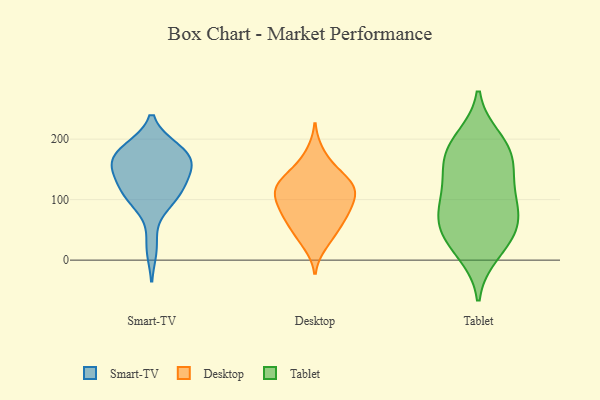
{"axis": {"x": "Demand Index", "y": "Value"}, "legend": ["Desktop", "Smart-TV", "Tablet"], "data": [{"x": "", "y": 183, "type": "Smart-TV"}, {"x": "", "y": 130, "type": "Smart-TV"}, {"x": "", "y": 114, "type": "Smart-TV"}, {"x": "", "y": 94, "type": "Smart-TV"}, {"x": "", "y": 107, "type": "Smart-TV"}, {"x": "", "y": 155, "type": "Smart-TV"}, {"x": "", "y": 174, "type": "Smart-TV"}, {"x": "", "y": 182, "type": "Smart-TV"}, {"x": "", "y": 165, "type": "Smart-TV"}, {"x": "", "y": 107, "type": "Smart-TV"}, {"x": "", "y": 149, "type": "Smart-TV"}, {"x": "", "y": 21, "type": "Smart-TV"}, {"x": "", "y": 151, "type": "Smart-TV"}, {"x": "", "y": 179, "type": "Smart-TV"}, {"x": "", "y": 37, "type": "Desktop"}, {"x": "", "y": 130, "type": "Desktop"}, {"x": "", "y": 65, "type": "Desktop"}, {"x": "", "y": 85, "type": "Desktop"}, {"x": "", "y": 93, "type": "Desktop"}, {"x": "", "y": 129, "type": "Desktop"}, {"x": "", "y": 100, "type": "Desktop"}, {"x": "", "y": 69, "type": "Desktop"}, {"x": "", "y": 112, "type": "Desktop"}, {"x": "", "y": 138, "type": "Desktop"}, {"x": "", "y": 108, "type": "Desktop"}, {"x": "", "y": 117, "type": "Desktop"}, {"x": "", "y": 76, "type": "Desktop"}, {"x": "", "y": 178, "type": "Desktop"}, {"x": "", "y": 52, "type": "Desktop"}, {"x": "", "y": 125, "type": "Desktop"}, {"x": "", "y": 26, "type": "Desktop"}, {"x": "", "y": 155, "type": "Desktop"}, {"x": "", "y": 185, "type": "Tablet"}, {"x": "", "y": 38, "type": "Tablet"}, {"x": "", "y": 79, "type": "Tablet"}, {"x": "", "y": 66, "type": "Tablet"}, {"x": "", "y": 169, "type": "Tablet"}, {"x": "", "y": 70, "type": "Tablet"}, {"x": "", "y": 136, "type": "Tablet"}, {"x": "", "y": 176, "type": "Tablet"}, {"x": "", "y": 13, "type": "Tablet"}, {"x": "", "y": 126, "type": "Tablet"}, {"x": "", "y": 97, "type": "Tablet"}, {"x": "", "y": 34, "type": "Tablet"}, {"x": "", "y": 199, "type": "Tablet"}]}